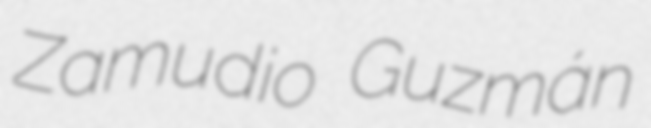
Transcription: Zamudio Guzmán